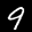
Label: 9